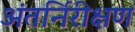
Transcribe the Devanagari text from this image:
अंतर्निरीक्षण